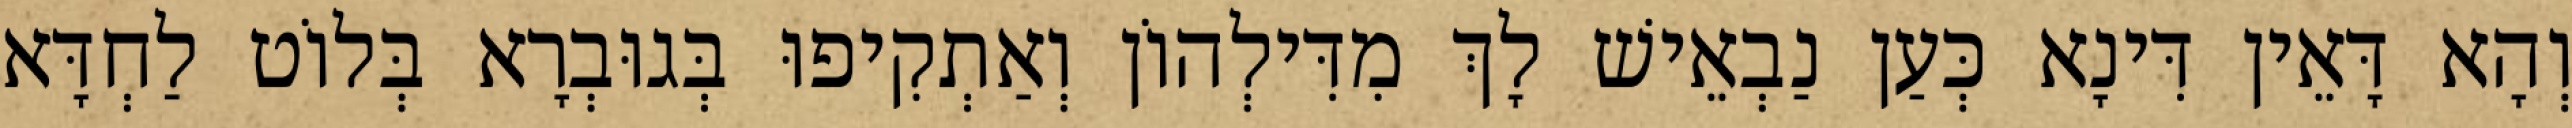
וְהָא דָּאֵין דִּינָא כְּעַן נַבְאֵישׁ לָךְ מִדִּילְהוֹן וְאַתְקִיפוּ בְּגוּבְרָא בְּלוֹט לַחְדָּא